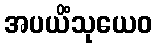
အပယိံသုယေဝ